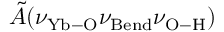
\tilde { A } ( \nu _ { \mathrm { Y b - O } } \nu _ { \mathrm { B e n d } } \nu _ { \mathrm { O - H } } )